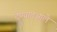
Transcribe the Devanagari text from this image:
देण्यातआले